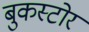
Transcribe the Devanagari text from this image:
बुकस्‍टोर